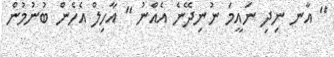
" އާނ ނިދި ނައީމަ ނުނިދޭނެ އެއްނު " އާހިލް އެހެން ބުނުމުން